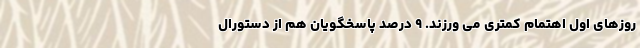
روزهای اول اهتمام کمتری می­ ورزند. ۹ درصد پاسخگویان هم از دستورال